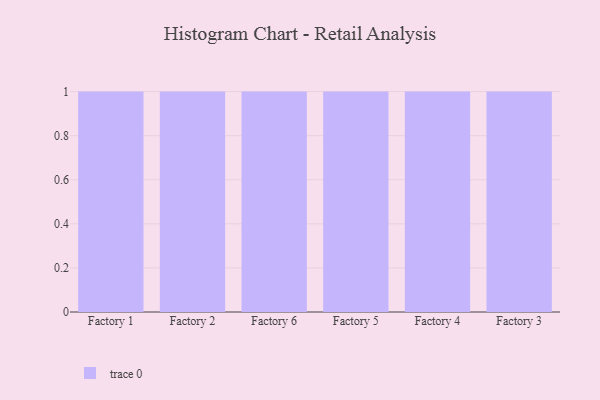
{"axis": {"x": "Factory", "y": "Net Income (USD K)"}, "legend": [""], "data": [{"x": "Factory 1", "y": 84, "type": ""}, {"x": "Factory 2", "y": 81, "type": ""}, {"x": "Factory 6", "y": 97, "type": ""}, {"x": "Factory 5", "y": 75, "type": ""}, {"x": "Factory 4", "y": 82, "type": ""}, {"x": "Factory 3", "y": 86, "type": ""}]}